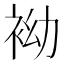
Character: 袎